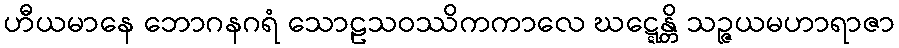
ဟီယမာနေ ဘောဂနဂရံ သောဠသဝဿိကကာလေ ဃဋ္ဋေန္တိ သဉ္ဇယမဟာရာဇာ